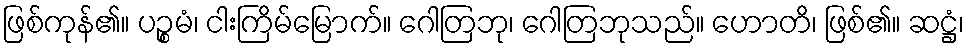
ဖြစ်ကုန်၏။ ပဉ္စမံ၊ ငါးကြိမ်မြောက်။ ဂေါတြဘု၊ ဂေါတြဘုသည်။ ဟောတိ၊ ဖြစ်၏။ ဆဋ္ဌံ၊